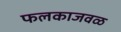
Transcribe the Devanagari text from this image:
फलकाजवळ